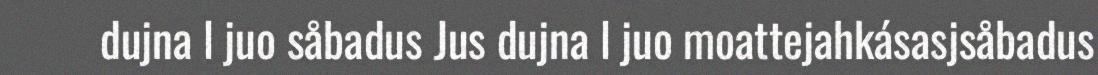
dujna l juo såbadus Jus dujna l juo moattejahkásasjsåbadus